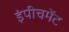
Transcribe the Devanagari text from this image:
इंपीचमेंट